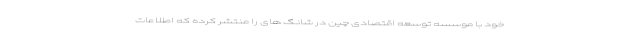
خود با موسسه توسعه اقتصادی چین در شانگ های را منتشر کرده که اطلاعات